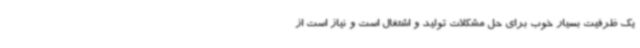
یک ظرفیت بسیار خوب برای حل مشکلات تولید و اشتغال است و نیاز است از